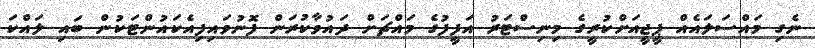
ނެގި މައްސަލައެއް ޕީޖީއަށްކުރީގެ މިނިސްޓަރު އަފީފުގެ މައްޗަށް ދައުވާކުރަން ފޮނުވައިފިއެކައުންޓަކުން ބައި ލައްކަ